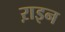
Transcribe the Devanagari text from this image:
ऱाइन